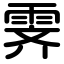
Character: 霁